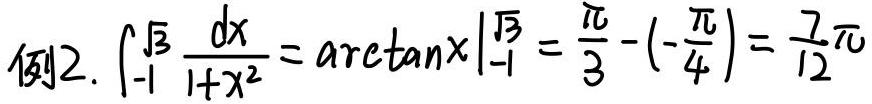
例2. $\int_{-1}^{\sqrt{3}} \frac{dx}{1 + x^2} = \arctan x\big|_{-1}^{\sqrt{3}} = \frac{\pi}{3} - (-\frac{\pi}{4}) = \frac{7\pi}{12}$